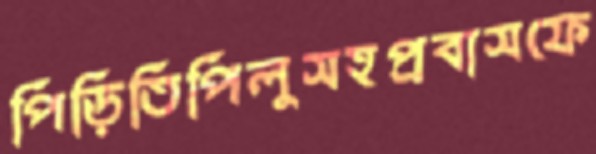
পিড়িতিপিলুসহপ্রবাসফে